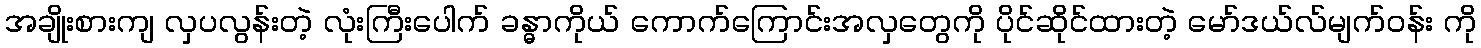
အချိုးစားကျ လှပလွန်းတဲ့ လုံးကြီးပေါက် ခန္ဓာကိုယ် ကောက်ကြောင်းအလှတွေကို ပိုင်ဆိုင်ထားတဲ့ မော်ဒယ်လ်မျက်ဝန်း ကို